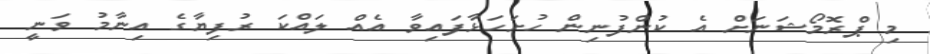
މި ޕްރޮމޯޝަނަށް އެ ކުންފުނިން ހުށަހަޅާފައިވާ އެއް ލައްކަ ރުފިޔާގެ އިނާމު ވަނީ